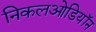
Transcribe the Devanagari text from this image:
निकलओडियॉन